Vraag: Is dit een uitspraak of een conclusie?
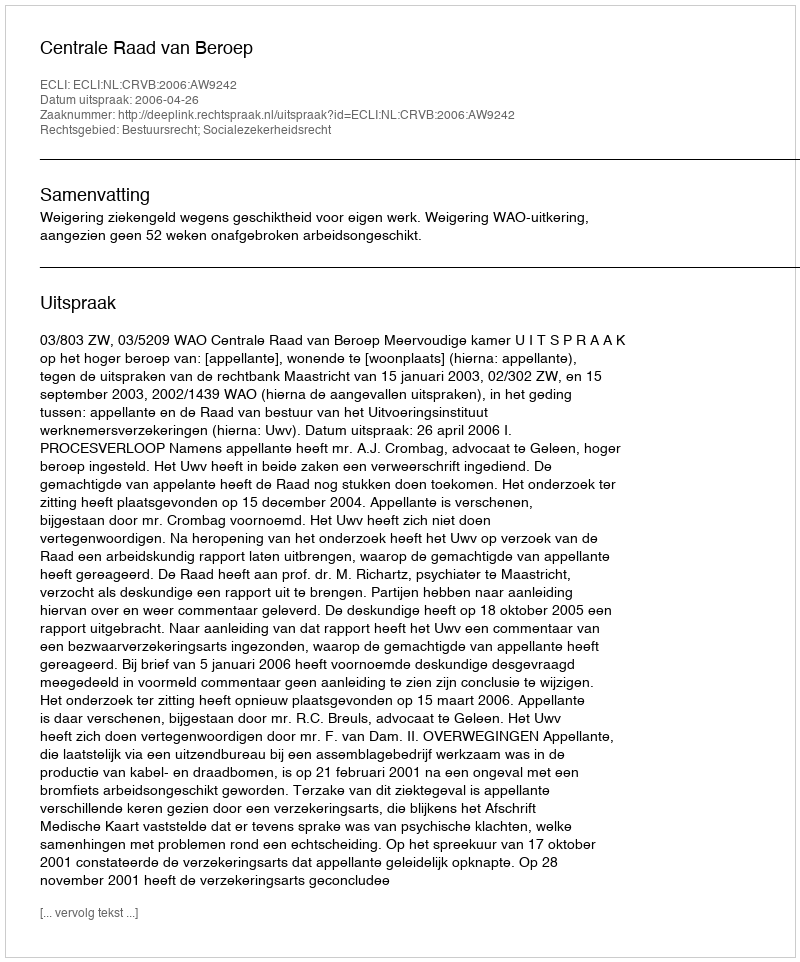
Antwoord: Uitspraak